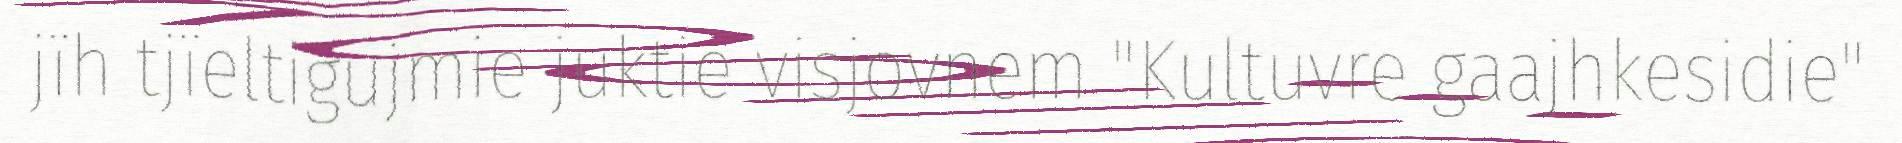
jïh tjïeltigujmie juktie visjovnem "Kultuvre gaajhkesidie"